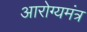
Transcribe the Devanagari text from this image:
आरोग्यमंत्र